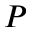
P